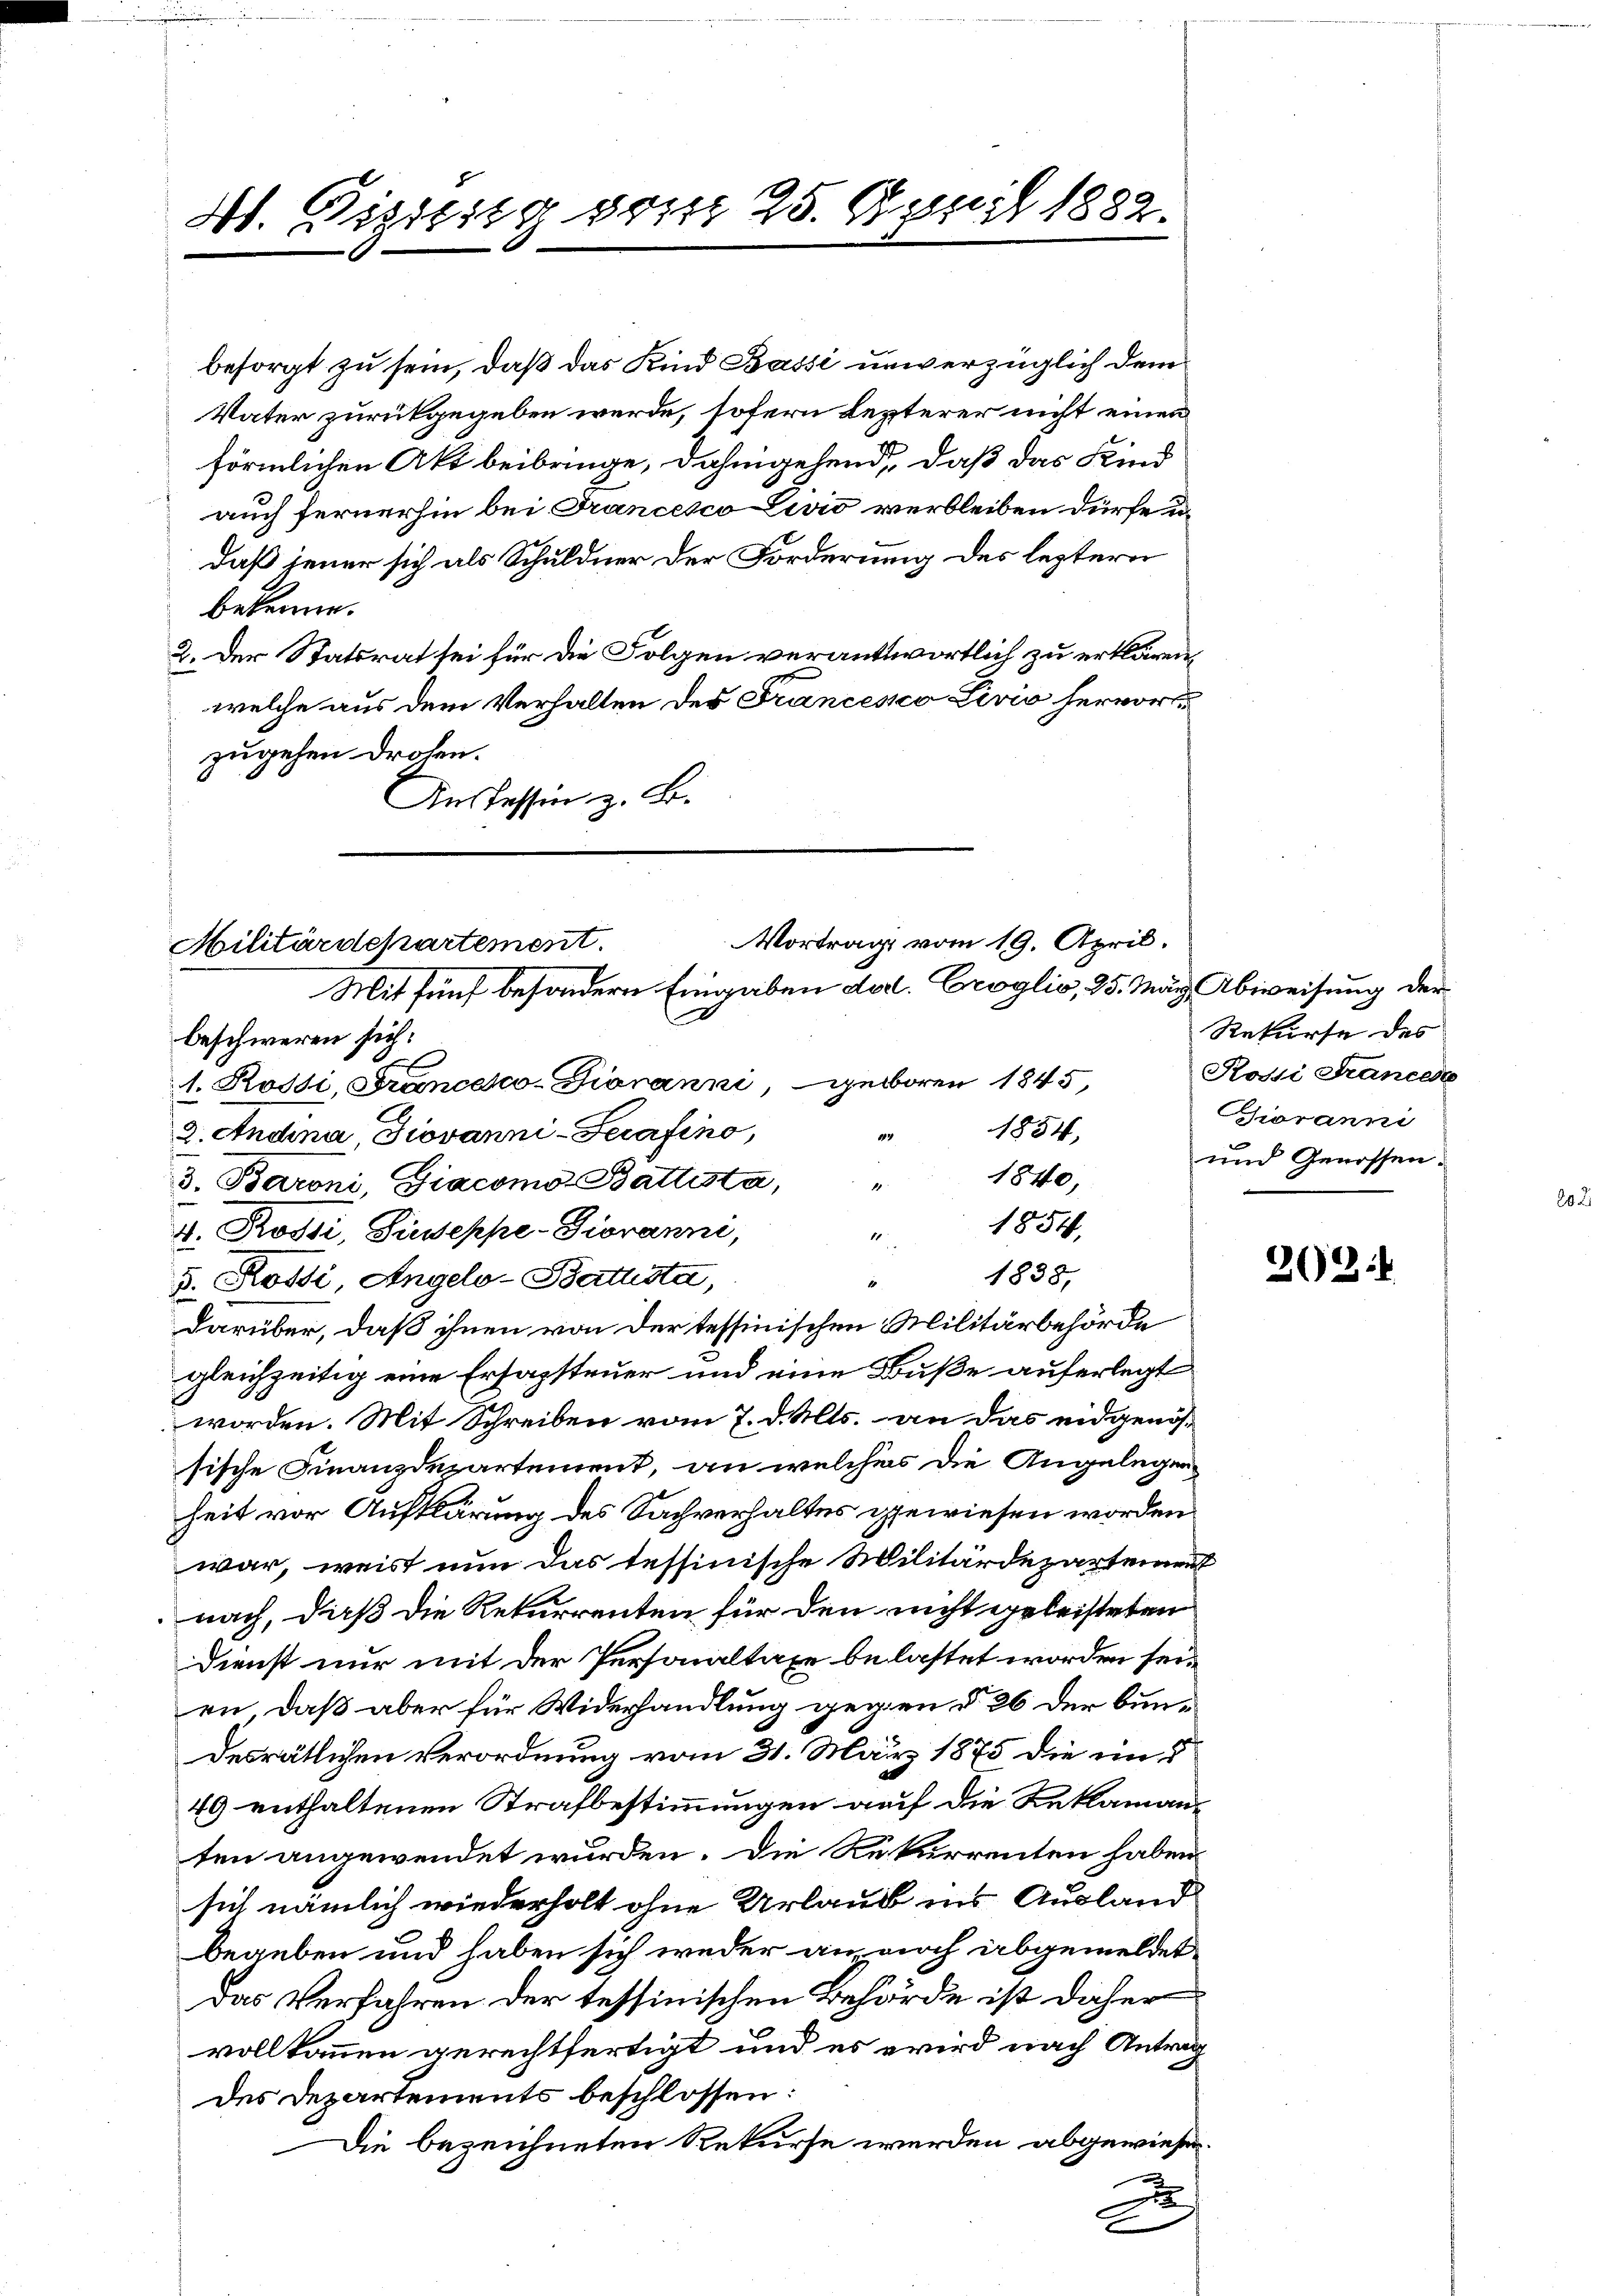
4t. Diszig vom 25. April 1882.
d.

besorgt zu sein, daß das Kind Bassi unverzüglich dem
Vater zurückgegeben werde, sofern lezterer nicht einen
förmlichen Akt beibringe, dahingehend, daß das Kind
auch fernerhin bei Francesco Livio verbleiben dürfe u.
daß jener sich als Schuldner der Forderung des leztern
bekenne.
2. Der Statsrat sei für die Folgen verantwortlich zu erklären,
welche aus dem Verhalten des Francesco Livio hervorzugehen drohen.
Aus dessen z. B.

Vortrags vom 19. April.
Militärdepartement
Mit fünf besondern Eingaben dat. Croglio, 25. März Abweisung der

beschweren sich:
1. Rossi, Francesco-Divranni, geboren 1845,
1854,
2. Angina Giovanni-Serafino,
144
1840,
3. Baroni, Giacomo Battista,
4
1854
v. Rossi, Zinsseppe-Giovanni,
1
1838,
3. Rossi, Angelo-Statuista,
darüber, daß ihnen von der tessinischen Militärbehörde
gleichzeitig eine Ersapsteuer und eine Buße auferlegt
worden. Mit Schreiben vom 7. d. Mts. an das eidgenössische Finanzdepartement, an welcher die Angelegen-
heit vor Aufklärung des Sachverhaltes gewiesen worden.
war, weist nun das tessinische Militärdepartement
nach, daß die Rekurrenten für den nicht geleisteten
Dienst nur mit der Personaltaxe belastet worden sei.
en, daß aber für Widerhandlung gegen § 26 der bundesrätlichen Verordnung vom 31. März 1875 die im §
49 enthaltenen Strafbestimmungen auf die Reklamanten angewendet wurden. Die Rekurrenten haben
sich nämlich wiederholt ohne Urlaub ins Ausland
begeben und haben sich weder an noch abgemeldet
Das Verfahren der tessinischen Behörde ist daher
vollkommen gerechtfertigt und es wird nach Antrag
des Departements beschlossen:
Die bezeichneten Rekurse werden abgewiesen.
2
e

Rekurse des
Rossi Frances
Choranni
und Genossen.

202: